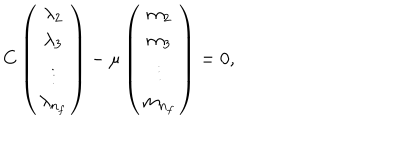
C \left( \begin{matrix} { { \lambda _ { 2 } } } \\ { { \lambda _ { 3 } } } \\ { { \vdots } } \\ { { \lambda _ { n _ { f } } } } \\ \end{matrix} \right) - \mu \left( \begin{matrix} { { m _ { 2 } } } \\ { { m _ { 3 } } } \\ { { \vdots } } \\ { { m _ { n _ { f } } } } \\ \end{matrix} \right) = 0 ,